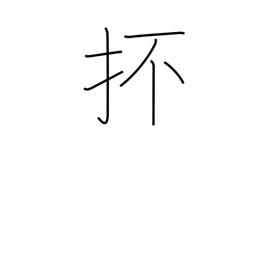
Meaning: and so forth